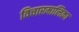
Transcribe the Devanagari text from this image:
विचारमालिका